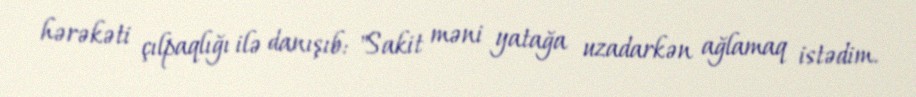
hərəkəti çılpaqlığı ilə danışıb: "Sakit məni yatağa uzadarkən ağlamaq istədim.